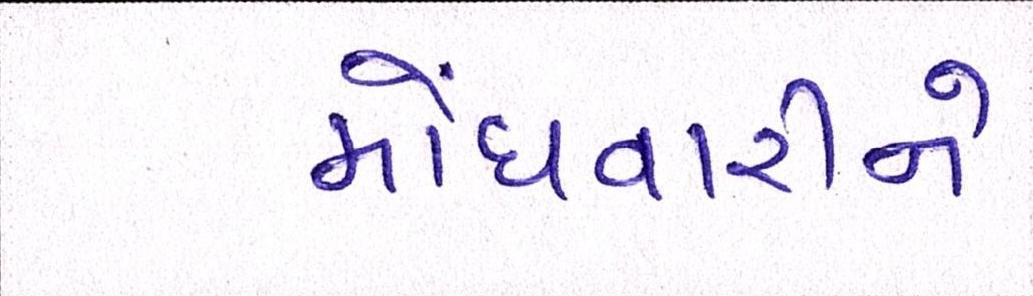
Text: મોંઘવારીને